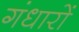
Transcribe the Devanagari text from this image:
गंधारों